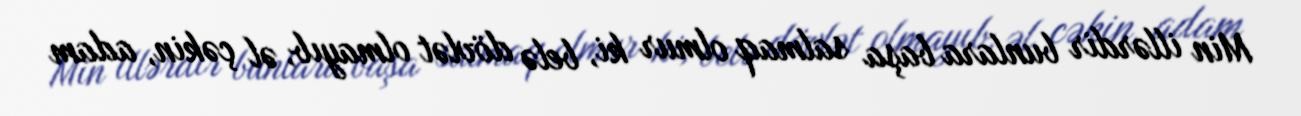
Min illərdir bunlara başa salmaq olmur ki, belə dövlət olmayıb, əl çəkin, adam